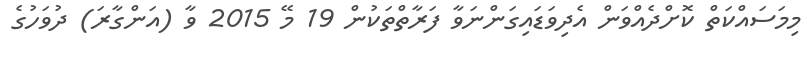
މިމަސައްކަތް ކޮށްދެއްވަން އެދިވަޑައިގަންނަވާ ފަރާތްތަކުން 19 މޭ 2015 ވާ (އަންގާރަ) ދުވަހުގެ